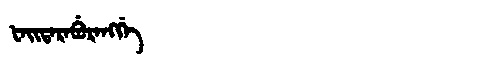
Manchu: ᡶᠠᡳᡨᠠᡵᠠᠪᡠᡵᠠᠩᡤᡝ
Romanization: FAITARABURANGGE